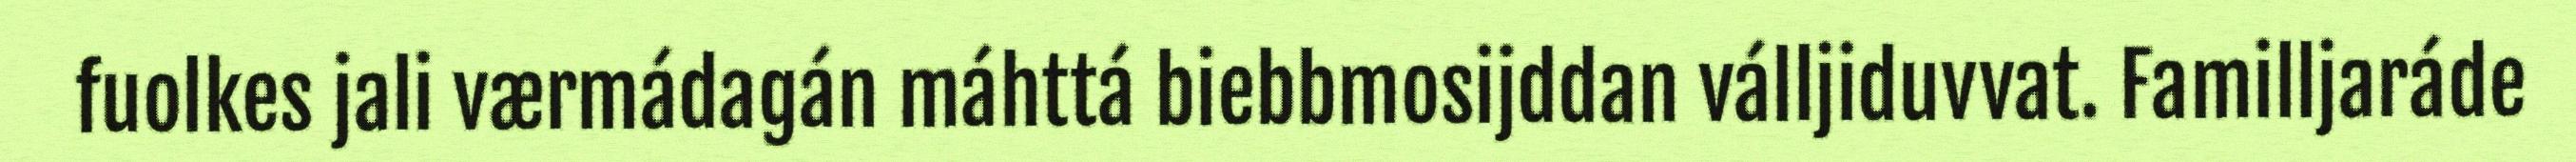
fuolkes jali værmádagán máhttá biebbmosijddan válljiduvvat. Familljaráde